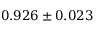
0 . 9 2 6 \pm 0 . 0 2 3